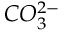
C O _ { 3 } ^ { 2 - }